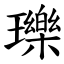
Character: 瓅